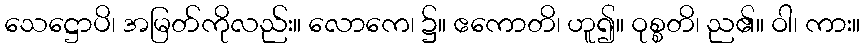
သေဋ္ဌောပိ၊ အမြတ်ကိုလည်း။ လောကေ၊ ၌။ ဧကောတိ၊ ဟူ၍။ ဝုစ္စတိ၊ ည၏။ ဝါ၊ ကား။